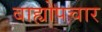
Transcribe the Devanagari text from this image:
बाह्योपचार